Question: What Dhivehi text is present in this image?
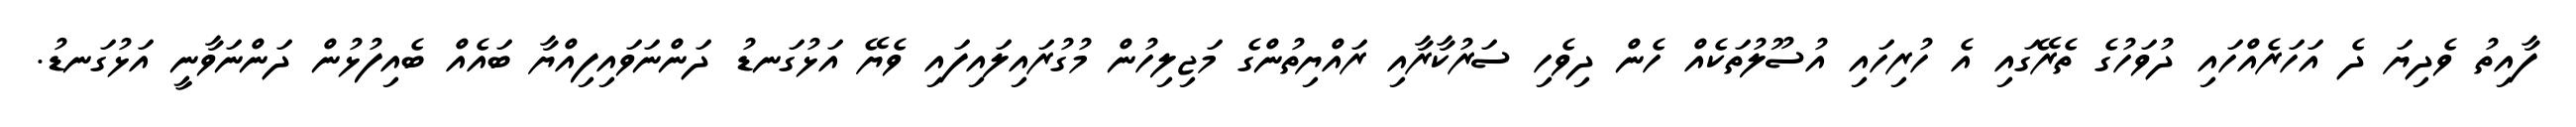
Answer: ފާއިތު ވެދިޔަ ދެ އަހަރެއްހައި ދުވަހުގެ ތެރޭގައި އެ ހުރިހައި އުސޫލުތަކެއް ހެން ދިވެހި ސަރުކާރާއި ރައްޔިތުންގެ މަޖިލިހުން މުގުރައިލައިފައި ވެޔޭ އަޅުގަނޑު ދަންނަވައިފިއްޔާ ބައެއް ބެއިފުޅުން ދަންނަވާނީ އަޅުގަނޑު.